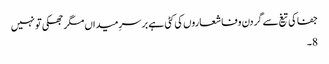
جفا کی تیغ سے گردن وفا شعاروں کی کٹی ہے بر سرِ میداں مگر جھکی تو نہیں
8۔